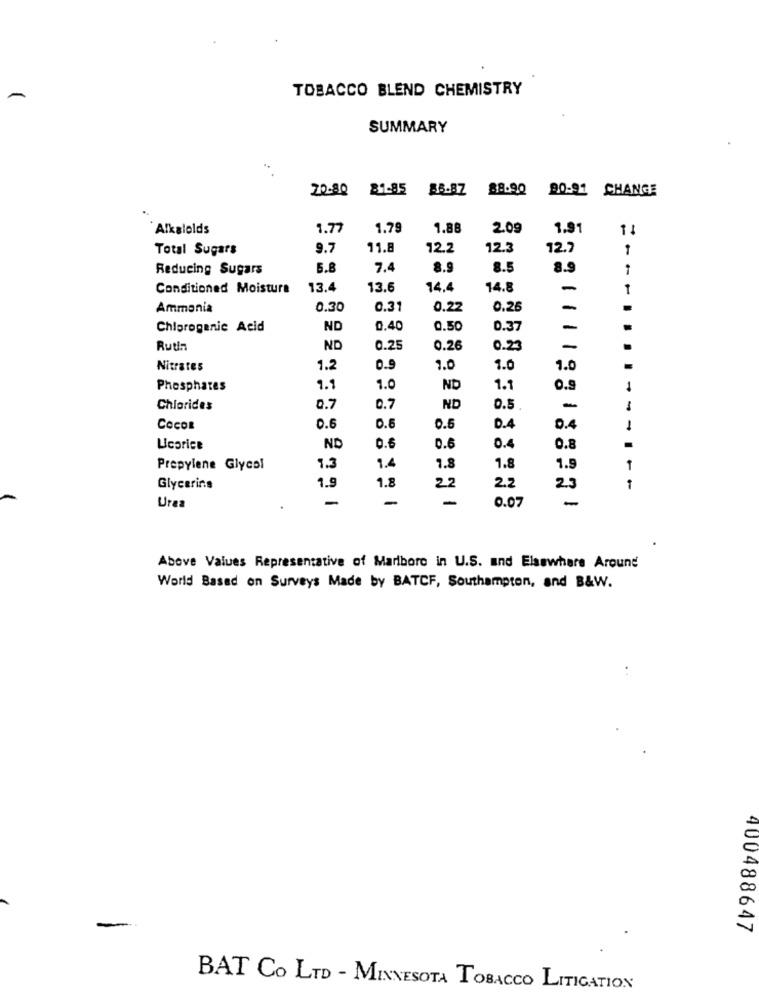
TOBACCO BLEND CHEMISTRY
SUMMARY
20-80 81-85 85.87 88.90 90-91 CHANGE
Alkalolds
1.77
1.79
1.88
2.09
1.91
Total Sugars
9.7
11.8
12.2
12.3
12.7
-
Reducing Sugars
5.8
7.4
8.9
8.5
8.9
1
Conditioned Moisture
13.4
13.6
14.4
14.8
-
1
Ammonia
0.30
0.31
0.22
0.25
Chiprogenic Acid
ND
0.40
0.50
0.37
Rutin
ND
0.25
0.26
0.23
-
.
Nitrates
1.2
0.9
7.0
1.0
1.0
Phosphates
1.1
1.0
ND
1.1
0.9
Chlorides
0.7
0.7
ND
0.5
-
COCOR
0.6
0.6
0.6
0.4
0.4
-
Licorice
ND
0.6
0.6
0.4
0.8
1.4
Prepylene Glycol
7.3
7.8
1.8
1.9
1.9
1.8
22
Glycerins
2.2
2.3
Urea
-
0.07
-
Above Values Representative of Marlboro in U.S. and Elsewhere Around
World Based on Surveys Made by BATCF, Southampton, and B&W.
400488647
BAT CO LTD - MINNESOTA TOBACCO LITIGATION